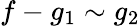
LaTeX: f-g_{1}\sim g_{2}